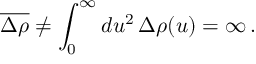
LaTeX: \overline { { { \Delta \rho } } } \neq \int _ { 0 } ^ { \infty } d u ^ { 2 } \, \Delta \rho ( u ) = \infty \, .